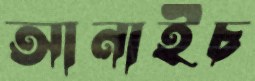
আনাইচ